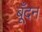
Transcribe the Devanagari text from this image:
बूँदन